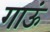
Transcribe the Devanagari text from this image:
गाऊं